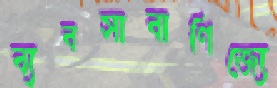
ব্যবসাবাণিজ্যে